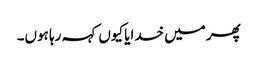
پھر میں خدایا کیوں کہہ رہا ہوں۔